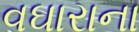
વઘારાના